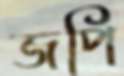
জপি